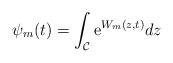
LaTeX: \begin{align*}\psi_m (t)=\int_{\cal C} {\rm e}^{ W_m(z,t)} dz\end{align*}